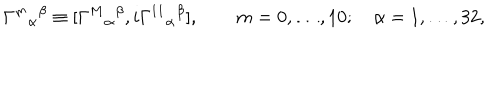
LaTeX: { \Gamma ^ { m } } _ { \alpha } { } ^ { \beta } \equiv [ { \Gamma ^ { M } } _ { \alpha } { } ^ { \beta } , i { \Gamma ^ { 1 1 } } _ { \alpha } { } ^ { \beta } ] , \qquad m = 0 , \dots , 1 0 ; \quad \alpha = 1 , \dots , 3 2 ,